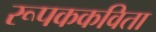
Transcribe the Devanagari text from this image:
रूपककविता